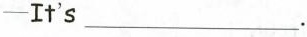
-It's ___.